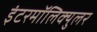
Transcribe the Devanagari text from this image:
इंटरमॉलिक्युलर